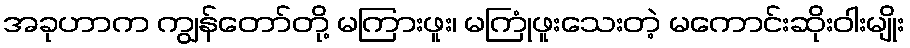
အခုဟာက ကျွန်တော်တို့ မကြားဖူး၊ မကြုံဖူးသေးတဲ့ မကောင်းဆိုးဝါးမျိုး